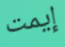
إيمت